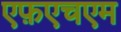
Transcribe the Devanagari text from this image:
एफ़एचएम